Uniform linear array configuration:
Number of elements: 8
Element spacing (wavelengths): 0.75
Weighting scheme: cosine
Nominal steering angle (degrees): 0
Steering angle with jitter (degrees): -1.318
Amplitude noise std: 0.05
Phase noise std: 0.05

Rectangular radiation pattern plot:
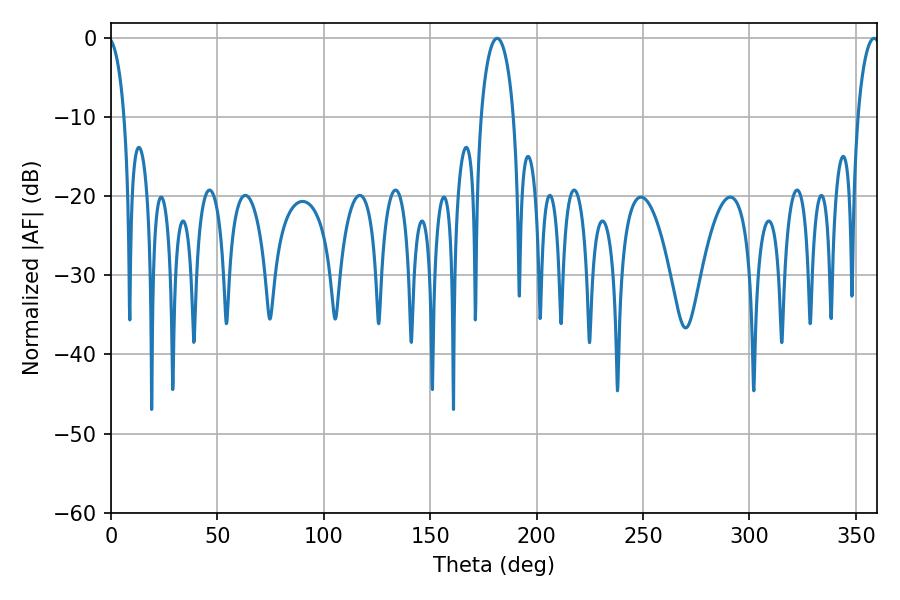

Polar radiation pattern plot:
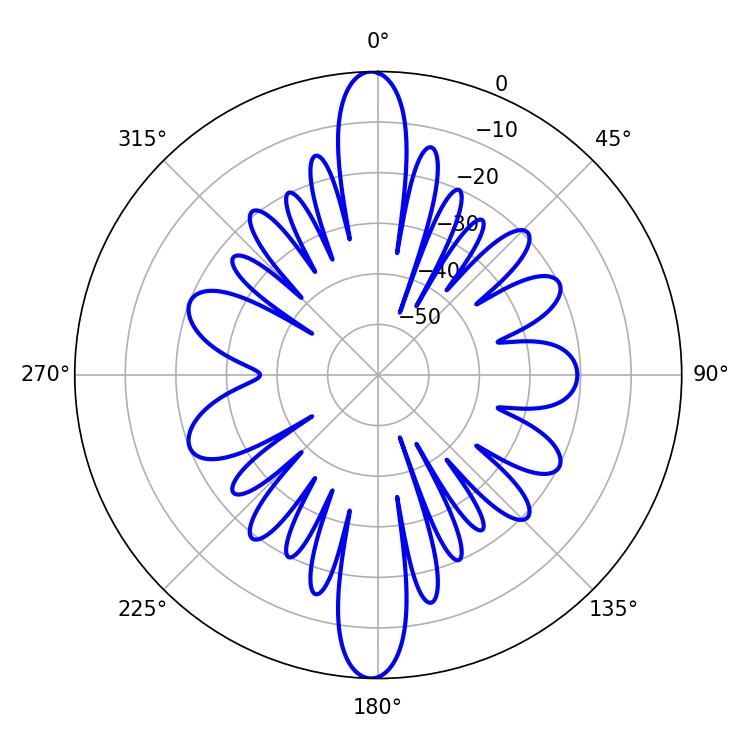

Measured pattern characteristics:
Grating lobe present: TRUE
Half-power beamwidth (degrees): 8.64
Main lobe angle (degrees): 181.44